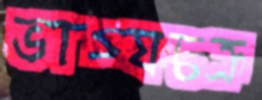
ভাগ্যচক্র